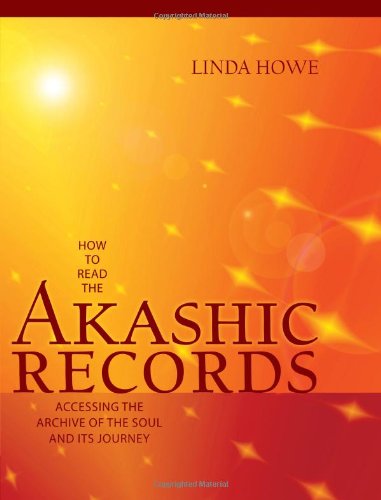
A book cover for How to Read the Akashic Records: Accessing the Archive of the Soul and Its Journey; Linda Howe; Religion & Spirituality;